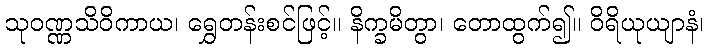
သုဝဏ္ဏသိဝိကာယ၊ ရွှေတန်းစင်ဖြင့်။ နိက္ခမိတွာ၊ တောထွက်၍။ ဝိရိယုယျာနံ၊